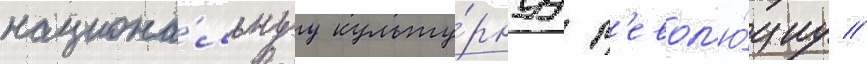
национа́льнуу культу́рнуу р'евол'ю́циу //